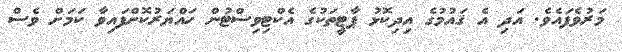
މަރުވެފައެވެ. އަދި އެ ޤައުމުގެ އިދިކޮޅު ޕާޓީތަކުގެ އެކްޓިވިސްޓުން ހައްޔަރުކޮށްފައިވާ ކަމަށް ވެސް